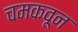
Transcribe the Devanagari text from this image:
चमकवून